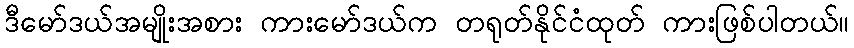
ဒီမော်ဒယ်အမျိုးအစား ကားမော်ဒယ်က တရုတ်နိုင်ငံထုတ် ကားဖြစ်ပါတယ်။